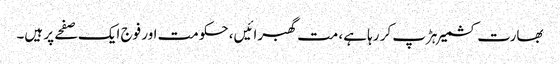
بھارت کشمیر ہڑپ کر رہا ہے، مت گھبرائیں، حکومت اور فوج ایک صفحے پر ہیں۔